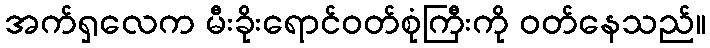
အက်ရှလေက မီးခိုးရောင်ဝတ်စုံကြီးကို ဝတ်နေသည်။